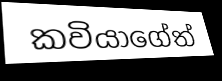
කවියාගේත්